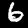
Label: 6